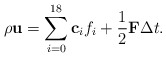
\begin{align*}\rho {\bf{u}} = \sum\limits_{i = 0}^{18} {{{\bf{c}}_i}{f_i}} + \frac{1}{2}{\bf{F}}\Delta t.\end{align*}